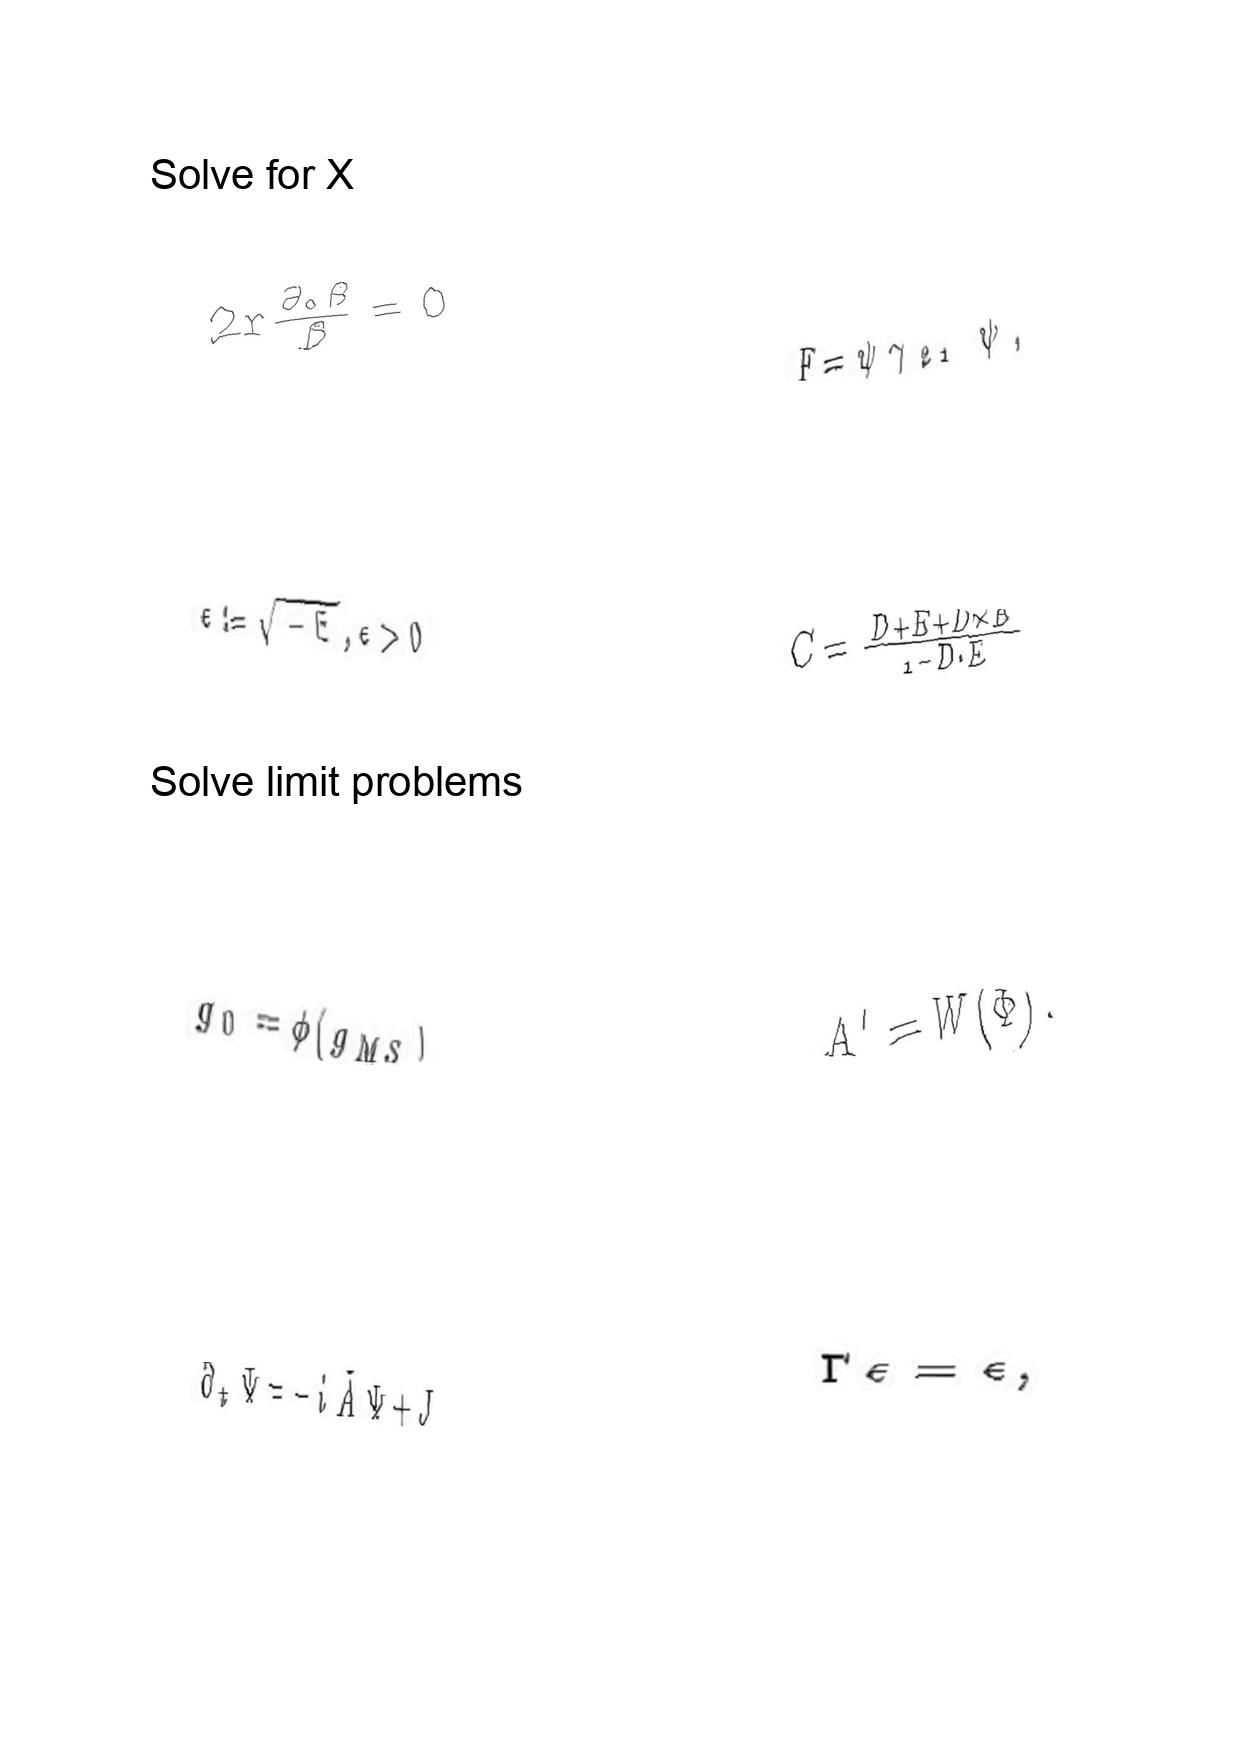
LaTeX transcription:
2 r \frac { \partial _ { 0 } \beta } { \beta } = 0
\epsilon : = \sqrt { - E } , \epsilon \gt 0
g _ { 0 } = \phi \lparen g _ { M S } \rparen
\partial _ { t } \Psi = - i \tilde { A } \Psi + J
F = \psi \gamma _ { 2 1 } \tilde { \psi } ,
C = \frac { D + E + D \times E } { 1 - D \cdot E }
A ^ { \prime } = W \lparen \Phi \rparen .
\Gamma \epsilon = \epsilon ,